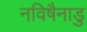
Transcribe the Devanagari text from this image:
नविषैनाडु